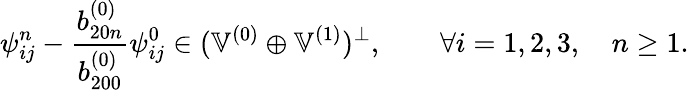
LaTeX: \psi_{ij}^{n}-\frac{b_{20n}^{(0)}}{b_{200}^{(0)}}\psi_{ij}^{0}\in(\mathbb{V}^{(0)}\oplus\mathbb{V}^{(1)})^{\perp},\qquad\forall i=1,2,3,\quad n\geq 1.